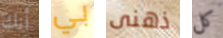
أنك بي ذهنى كل